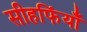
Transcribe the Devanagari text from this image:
सीहफिंयाँ